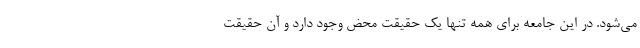
می‌شود. در این جامعه برای همه تنها یک حقیقت محض وجود دارد و آن حقیقت